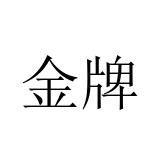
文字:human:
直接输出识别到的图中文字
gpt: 金牌